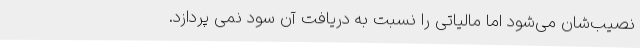
نصیب‌شان می‌شود اما مالیاتی را نسبت به دریافت آن سود نمی پردازد.